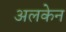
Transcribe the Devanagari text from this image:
अलकेन